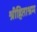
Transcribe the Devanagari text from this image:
श्रीहिताश्रम